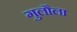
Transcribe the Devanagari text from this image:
गुलौला